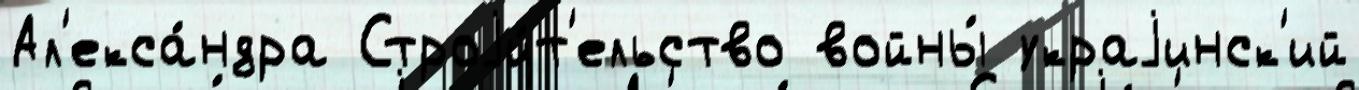
Ал'екса́ндра Строjи́т'ельство войны́ украjинск'ий